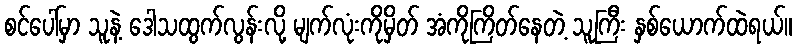
စင်ပေါ်မှာ သူနဲ့ ဒေါသထွက်လွန်းလို့ မျက်လုံးကိုမှိတ် အံကိုကြိတ်နေတဲ့ သူကြီး နှစ်ယောက်ထဲရယ်။